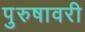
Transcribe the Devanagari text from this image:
पुरुषावरी